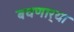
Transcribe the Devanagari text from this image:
बघणार्‍या